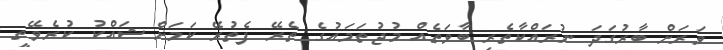
ވަރަށް ބާރުގަދަ ނުރައްކާތެރި ބާވަތެއް މުޖުތަމައުގެ ތެރޭ ފެތުރޭ ކަމަށް ޝައްކު ކުރެވޭތީ